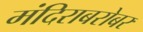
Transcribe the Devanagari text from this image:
मंदिराबरोबर